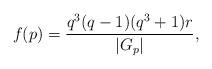
LaTeX: \begin{align*} f(p)=\frac{q^3(q-1)(q^3+1)r}{|G_p|},\end{align*}